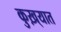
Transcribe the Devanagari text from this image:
कुख़्यात